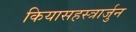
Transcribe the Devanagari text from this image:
कियासहस्त्रार्जुन